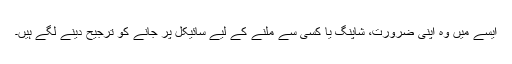
ایسے میں وہ اپنی ضرورت، شاپنگ یا کسی سے ملنے کے لیے سائیکل پر جانے کو ترجیح دینے لگے ہیں۔